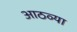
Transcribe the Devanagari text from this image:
आठव्‍या